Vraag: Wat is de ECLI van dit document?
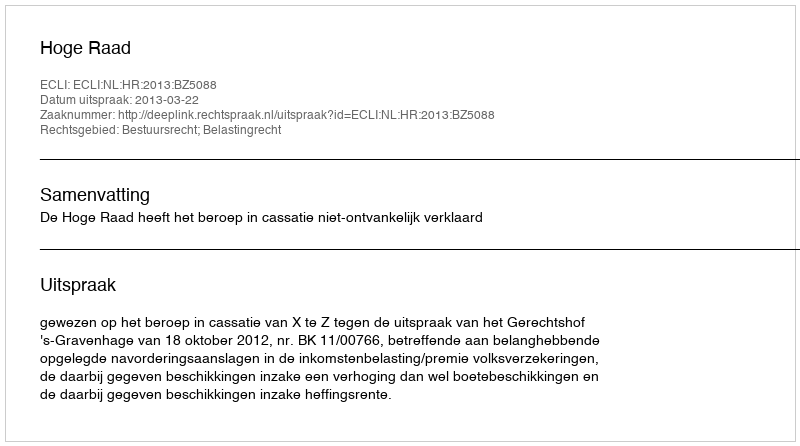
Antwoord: ECLI:NL:HR:2013:BZ5088